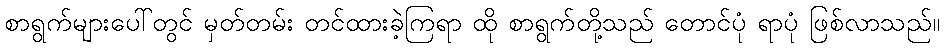
စာရွက်များပေါ်တွင် မှတ်တမ်း တင်ထားခဲ့ကြရာ ထို စာရွက်တို့သည် တောင်ပုံ ရာပုံ ဖြစ်လာသည်။